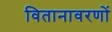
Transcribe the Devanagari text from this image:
वितानावरणों